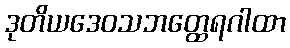
ဒုတိယဒေဝသဘတ္ထေရဂါထာ